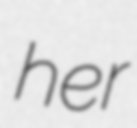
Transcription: her